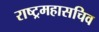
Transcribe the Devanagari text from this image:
राष्ट्रमहासचिव